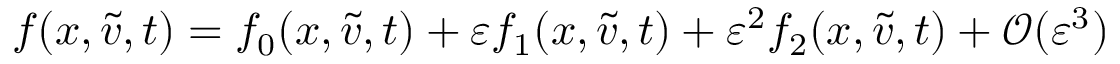
f ( x , \tilde { v } , t ) = f _ { 0 } ( x , \tilde { v } , t ) + \varepsilon f _ { 1 } ( x , \tilde { v } , t ) + \varepsilon ^ { 2 } f _ { 2 } ( x , \tilde { v } , t ) + \mathcal { O } ( \varepsilon ^ { 3 } )